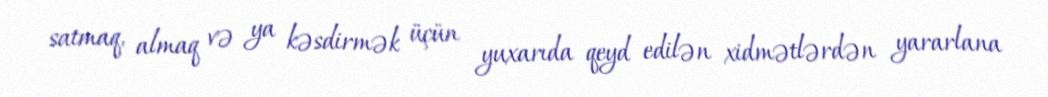
satmaq, almaq və ya kəsdirmək üçün yuxarıda qeyd edilən xidmətlərdən yararlana